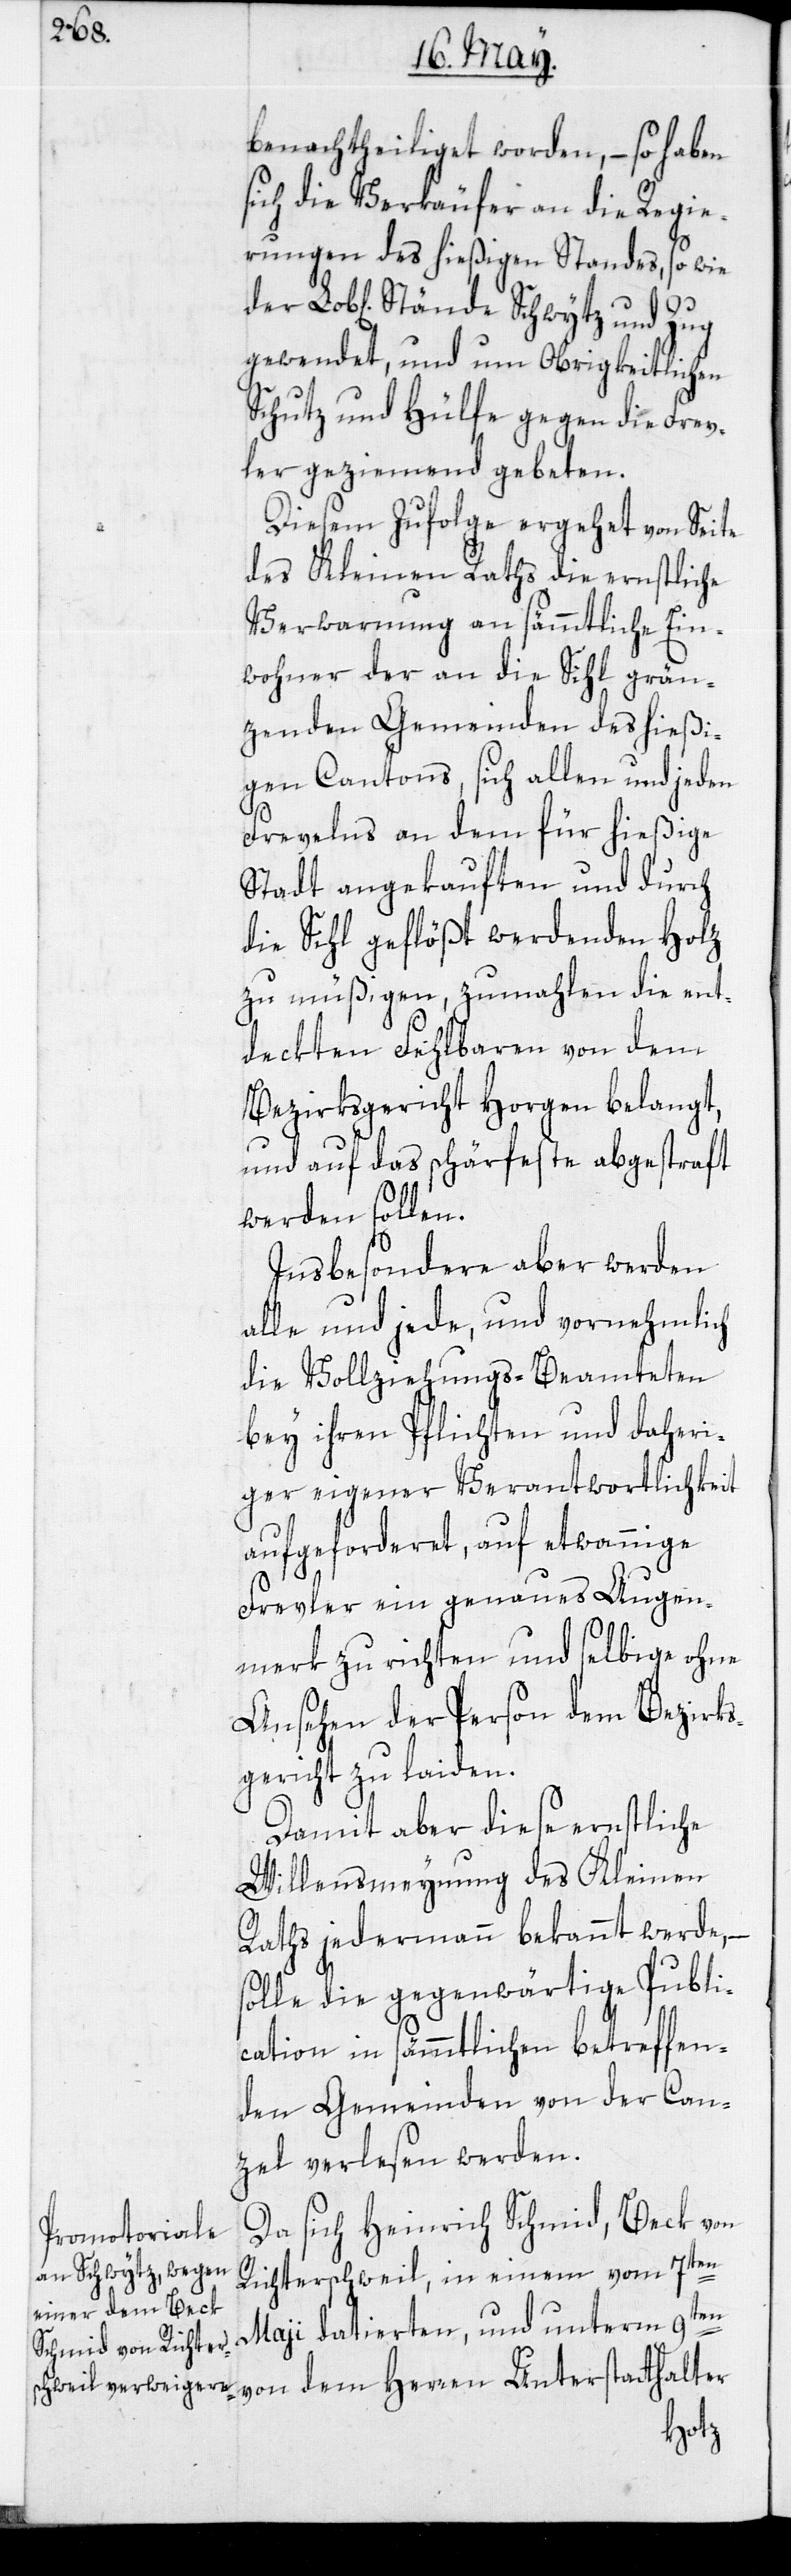
benachtheiliget worden, – so haben
sich die Verkäufer an die Regie¬
rungen des hießigen Standes, sowie
gewendet, und um Obrigkeitlichen
Schutz und Hülfe gegen die Frev¬
ler geziemend gebeten.
Diesem Zufolge ergehet von Seite
des Kleinen Raths die ernstliche
Verwarnung an sämmtliche Ein¬
wohner der an die Sihl grän¬
zenden Gemeinden des hießi¬
gen Cantons, sich allen und jeden
Frevelns an dem für hießige
Stadt angekauften und durch
die Sihl geflößt werdenden Holz
zu müßigen, zumahlen die ent¬
deckten Fehlbaren von dem
Bezirksgericht Horgen belangt,
und auf das schärfeste abgestraft
werden sollen.
Insbesondere aber werden
alle und jede, und vornehmlich
die Vollziehungs-Beamteten
bey ihren Pflichten und daheri¬
ger eigener Verantwortlichkeit
aufgeforderet, auf etwannige
Frevler ein genaues Augen¬
merk zu richten und selbige ohne
Ansehen der Person dem Bezirks¬
gericht zu laiden.
Damit aber diese ernstliche
Willensmeynung des Kleinen
Raths jedermann bekannt werde, –
solle die gegenwärtige Publi¬
cation in sämmtlichen betreffen¬
den Gemeinden von der Can¬
zel verlesen werden.
Da sich Heinrich Schmid, Beck von
Richterschweil, in einem vom 7ten
May datierten, und unterm 9ten